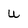
Character: u